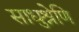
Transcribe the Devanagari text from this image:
साधुश्रेणि